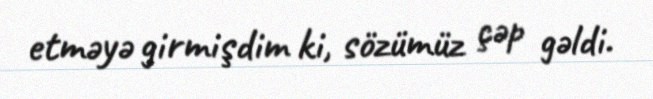
etməyə girmişdim ki, sözümüz çəp gəldi.